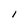
Character: I